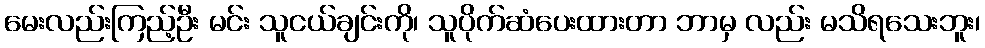
မေးလည်းကြည့်ဦး မင်း သူငယ်ချင်းကို၊ သူပိုက်ဆံပေးထားတာ ဘာမှ လည်း မသိရသေးဘူး၊